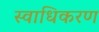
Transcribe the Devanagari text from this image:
स्वाधिकरण